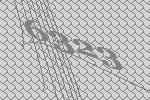
6323